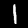
Label: 1